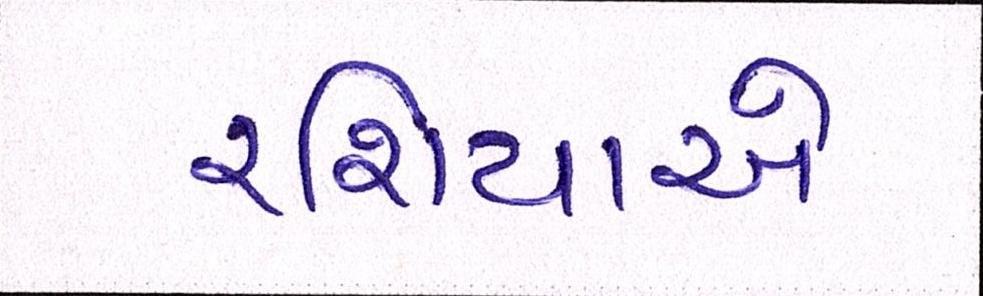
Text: રશિયાએ